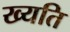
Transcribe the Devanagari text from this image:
ख्यति